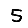
Digit: 5